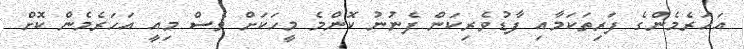
އަހަރެމެންގެ ފަރިތަކަމާއި ފާޑުވެރިކަން ފެނުނު ކޮންމެ މީހަކަށް ވެސް މިއީ އަހަރެމެން ކޮށް